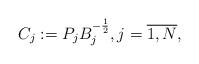
LaTeX: \begin{align*} C_j:=P_j B_j^{-\frac{1}{2}},j=\overline{1,N},\end{align*}